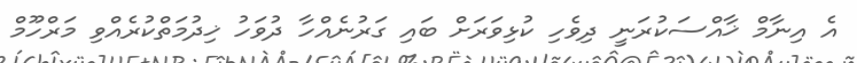
އެ އިނާމް ޚާއްސަކުރަނީ ދިވެހި ކުޅިވަރަށް ބައި ގަރުނެއްހާ ދުވަހު ޚިދުމަތްކުރެއްވި މަރްހޫމް